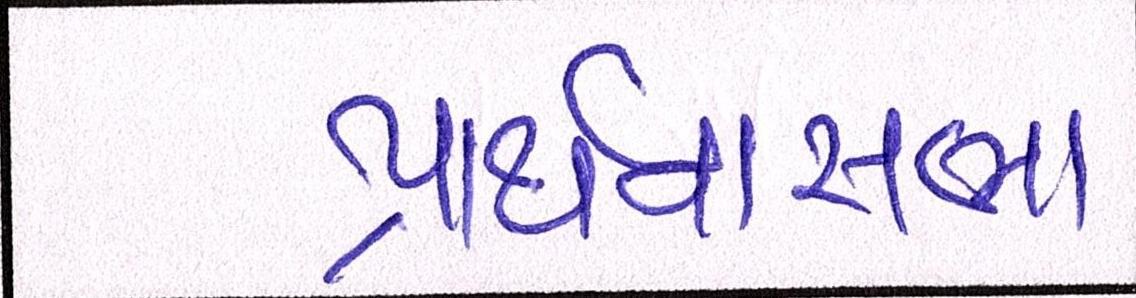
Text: પ્રાર્થનાસભા